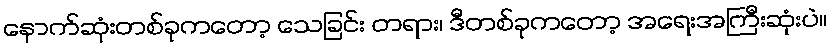
နောက်ဆုံးတစ်ခုကတော့ သေခြင်း တရား၊ ဒီတစ်ခုကတော့ အရေးအကြီးဆုံးပဲ။